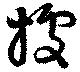
據